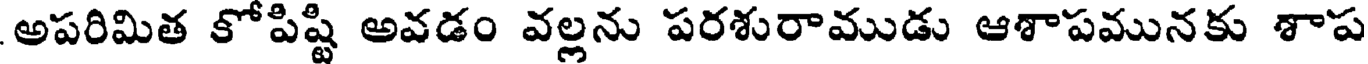
అపరిమిత కోపిష్టి అవడం వల్లను పరశురాముడు ఆశాపమునకు శాప